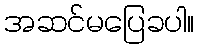
အဆင်မပြေခပါ။